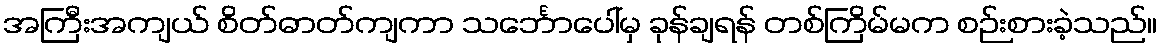
အကြီးအကျယ် စိတ်ဓာတ်ကျကာ သင်္ဘောပေါ်မှ ခုန်ချရန် တစ်ကြိမ်မက စဉ်းစားခဲ့သည်။